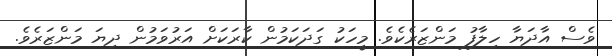
ވެސް އާދަޔާ ހިލާފު މަންޒަރެކެވެ. މީހަކު ގަދަކަމުން ކާރަކަށް އަރުވަމުން ދިޔަ މަންޒަރެވެ.